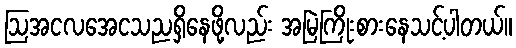
ဩအငလအေငသညရှိနေဖို့လည်း အမြဲကြိုးစားနေသင့်ပါတယ်။